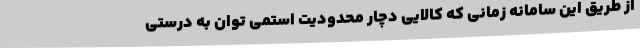
از طریق این سامانه زمانی که کالایی دچار محدودیت استمی توان به درستی